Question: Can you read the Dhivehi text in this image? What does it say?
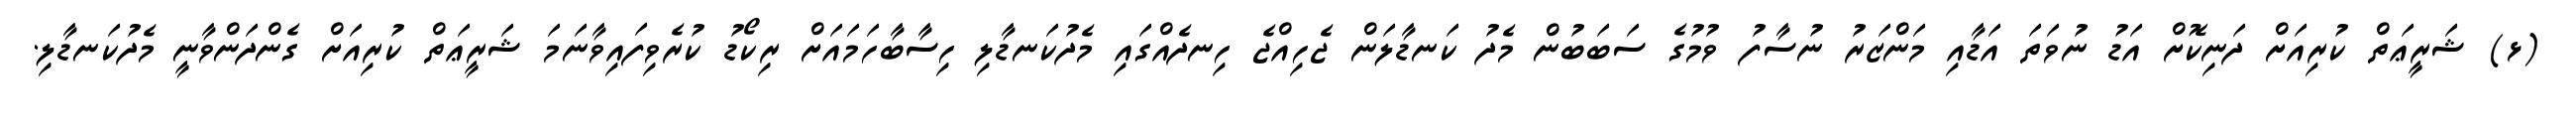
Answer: (ޅ) ޝަރީޢަތް ކުރިއަށް ދަނިކޮށް އަޑު ނުވަތަ އަޑާއި މަންޒަރު ނުސާފު ވުމުގެ ސަބަބުން މެދު ކަނޑާލަން ޖެހިއްޖެ ހިނދެއްގައި މެދުކަނޑާލި ހިސާބާހަމައަށް ރިކޯޑު ކުރެވިފައިވާނަމަ ޝަރީޢަތް ކުރިއަށް ގެންދަންވާނީ މެދުކަނޑާލި.